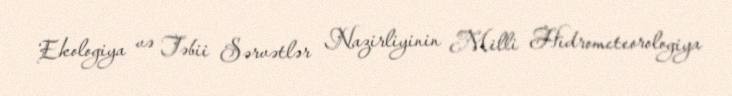
Ekologiya və Təbii Sərvətlər Nazirliyinin Milli Hidrometeorologiya